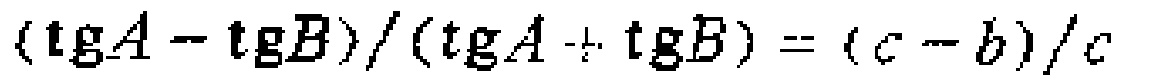
$(\mathrm{tg}A - \mathrm{tg}B)/(\mathrm{tg}A + \mathrm{tg}B) = (c - b)/c$